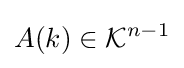
A(k)\in {\mathcal {K}}^{n-1}